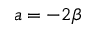
a = - 2 \beta